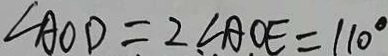
\angle A O D = 2 \angle A O E = 1 1 0 ^ { \circ }